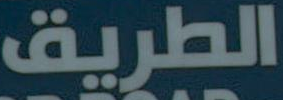
الطريق